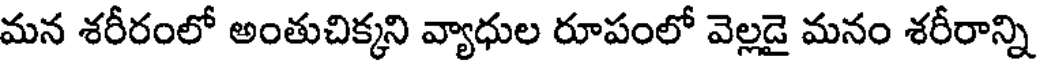
మన శరీరంలో అంతుచిక్కని వ్యాధుల రూపంలో వెల్లడై మనం శరీరాన్ని